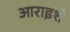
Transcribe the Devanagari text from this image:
आराइशे